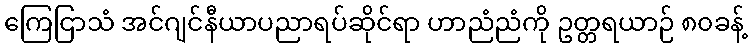
ကြေငြာသံ အင်ဂျင်နီယာပညာရပ်ဆိုင်ရာ ဟာညံညံကို ဥတ္တရယာဉ် ၈၀ခန့်